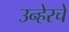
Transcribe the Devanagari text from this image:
उन्हेरचे